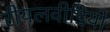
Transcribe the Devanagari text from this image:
रीयलवीडियो